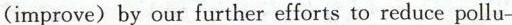
(improve) by our further efforts to reduce pollu-